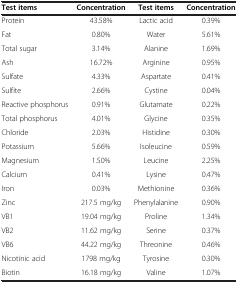
<table><thead><tr><td><b>Test items</b></td><td><b>Concentration</b></td><td><b>Test items</b></td><td><b>Concentration</b></td></tr></thead><tbody><tr><td>Protein</td><td>43.58%</td><td>Lactic acid</td><td>0.39%</td></tr><tr><td>Fat</td><td>0.80%</td><td>Water</td><td>5.61%</td></tr><tr><td>Total sugar</td><td>3.14%</td><td>Alanine</td><td>1.69%</td></tr><tr><td>Ash</td><td>16.72%</td><td>Arginine</td><td>0.95%</td></tr><tr><td>Sulfate</td><td>4.33%</td><td>Aspartate</td><td>0.41%</td></tr><tr><td>Sulfite</td><td>2.66%</td><td>Cystine</td><td>0.04%</td></tr><tr><td>Reactive phosphorus</td><td>0.91%</td><td>Glutamate</td><td>0.22%</td></tr><tr><td>Total phosphorus</td><td>4.01%</td><td>Glycine</td><td>0.35%</td></tr><tr><td>Chloride</td><td>2.03%</td><td>Histidine</td><td>0.30%</td></tr><tr><td>Potassium</td><td>5.66%</td><td>Isoleucine</td><td>0.59%</td></tr><tr><td>Magnesium</td><td>1.50%</td><td>Leucine</td><td>2.25%</td></tr><tr><td>Calcium</td><td>0.41%</td><td>Lysine</td><td>0.47%</td></tr><tr><td>Iron</td><td>0.03%</td><td>Methionine</td><td>0.36%</td></tr><tr><td>Zinc</td><td>217.5 mg/kg</td><td>Phenylalanine</td><td>0.90%</td></tr><tr><td>VB1</td><td>19.04 mg/kg</td><td>Proline</td><td>1.34%</td></tr><tr><td>VB2</td><td>11.62 mg/kg</td><td>Serine</td><td>0.37%</td></tr><tr><td>VB6</td><td>44.22 mg/kg</td><td>Threonine</td><td>0.46%</td></tr><tr><td>Nicotinic acid</td><td>1798 mg/kg</td><td>Tyrosine</td><td>0.30%</td></tr><tr><td>Biotin</td><td>16.18 mg/kg</td><td>Valine</td><td>1.07%</td></tr></tbody></table>